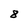
Character: 8